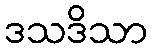
ဒသဒိသာ